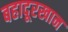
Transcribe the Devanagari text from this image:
बहादूरखान